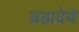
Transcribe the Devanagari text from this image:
ब्रह्मदेवे